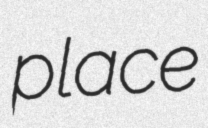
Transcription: place